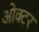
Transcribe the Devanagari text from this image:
ओक्टर